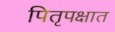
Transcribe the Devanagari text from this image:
पितृपक्षात